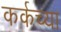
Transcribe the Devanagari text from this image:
कर्कच्या